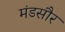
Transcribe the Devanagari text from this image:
मंडसौर